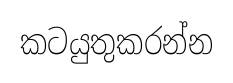
කටයුතුකරන්න